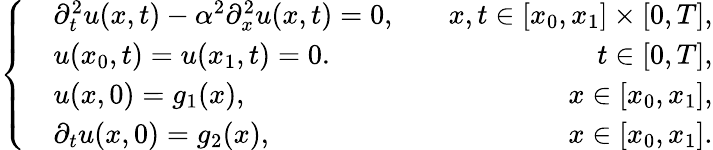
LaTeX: \left\{ \begin{array}{rlr}&{\partial_{t}^{2}u(x,t)-\alpha^{2}\partial_{x}^{2}u(x,t)=0,}&{\quad x,t\in[x_{0},x_{1}]\times[0,T],}\\ &{u(x_{0},t)=u(x_{1},t)=0.}&{\quad t\in[0,T],}\\ &{u(x,0)=g_{1}(x),}&{\quad x\in[x_{0},x_{1}],}\\ &{\partial_{t}u(x,0)=g_{2}(x),}&{\quad x\in[x_{0},x_{1}].}\end{array}\right.